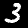
Label: 3